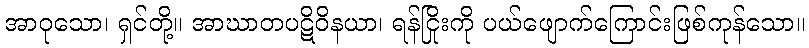
အာဝုသော၊ ရှင်တို့။ အာဃာတပဋိဝိနယာ၊ ရန်ငြိုးကို ပယ်ဖျောက်ကြောင်းဖြစ်ကုန်သော။